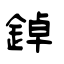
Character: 鋽